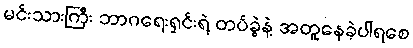
မင်းသားကြီး ဘာဂရေးရှင်းရဲ့ တပ်ခွဲနဲ့ အတူနေခဲ့ပါရစေ